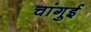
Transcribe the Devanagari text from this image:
चांगुई